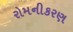
રોમનીકરણ